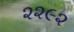
૨૨૯૨